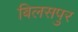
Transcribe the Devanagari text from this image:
बिलसपुर